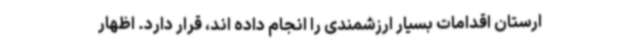
ارستان اقدامات بسیار ارزشمندی را انجام داده اند، قرار دارد. اظهار